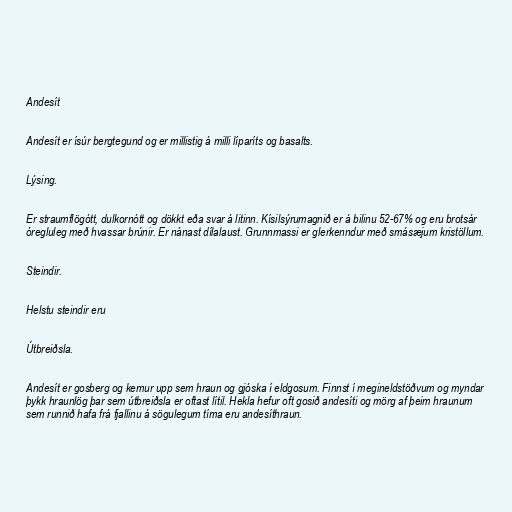
Andesít

Andesít er ísúr bergtegund og er millistig á milli líparíts og basalts.

Lýsing.

Er straumflögótt, dulkornótt og dökkt eða svar á litinn. Kísilsýrumagnið er á bilinu 52-67% og eru brotsár
óregluleg með hvassar brúnir. Er nánast dílalaust. Grunnmassi er glerkenndur með smásæjum kristöllum.

Steindir.

Helstu steindir eru

Útbreiðsla.

Andesít er gosberg og kemur upp sem hraun og gjóska í eldgosum. Finnst í megineldstöðvum og myndar
þykk hraunlög þar sem útbreiðsla er oftast lítil. Hekla hefur oft gosið andesíti og mörg af þeim hraunum
sem runnið hafa frá fjallinu á sögulegum tíma eru andesíthraun.